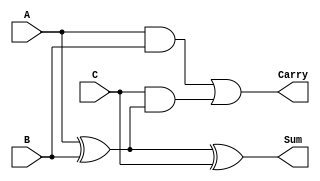
module fadd(Sum,Carry,A,B,C);
  input A,B,C;
  output Sum,Carry;
  wire w1,w2,w3;
  xor(w1,A,B);
  xor(Sum,w1,C);
  and(w2,A,B);
  and(w3,C,w1);
  or(Carry,w2,w3);
endmodule